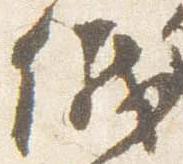
儀